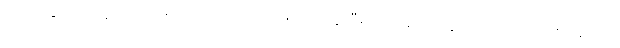
ပေါက်ကွဲရင်တော့ ‘အသင်္ခါရိက’ ပေါ့၊ တဖြည်းဖြည်း တွေးပြီးတော့ ပေါက်ကွဲလာရင်တော့ ‘သသင်္ခါရိက’